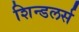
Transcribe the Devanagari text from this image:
शिन्डलर्स